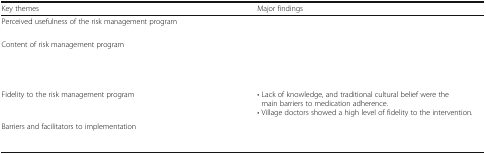
<table><thead><tr><td><b>Key themes</b></td><td><b>Major findings</b></td></tr></thead><tbody><tr><td>Perceived usefulness of the risk management program</td><td>[EMPTY_CELL]</td></tr><tr><td>Content of risk management program</td><td>[EMPTY_CELL]</td></tr><tr><td>Fidelity to the risk management program</td><td>• Lack of knowledge, and traditional cultural belief were the main barriers to medication adherence.• Village doctors showed a high level of fidelity to the intervention.</td></tr><tr><td>Barriers and facilitators to implementation</td><td>[EMPTY_CELL]</td></tr></tbody></table>